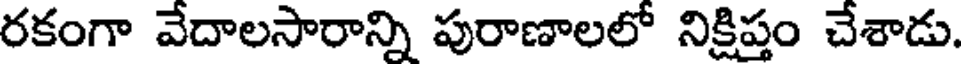
రకంగా వేదాలసారాన్ని పురాణాలలో నిక్షిప్తం చేశాడు.